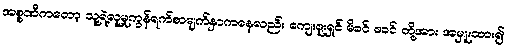
အစ္စဏီကတော့ သူ့ရဲ့လူမှုကွန်ရက်စာမျက်နှာကနေလည်း ကျေးဇူးရှင် မိခင် ဖခင် တို့အား အမှူးထား၍